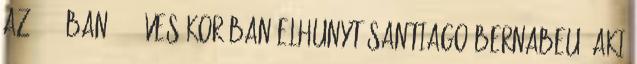
Az 1978-ban, 82 éves korában elhunyt Santiago Bernabeu, aki